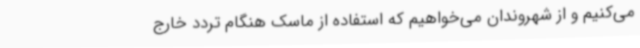
می‌کنیم و از شهروندان می‌خواهیم که استفاده از ماسک هنگام تردد خارج